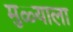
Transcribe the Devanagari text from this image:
मुळ्याला